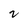
Character: 2